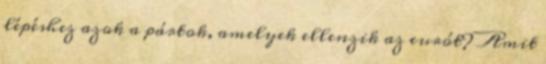
lépéshez azok a pártok, amelyek ellenzik az eurót? Amit